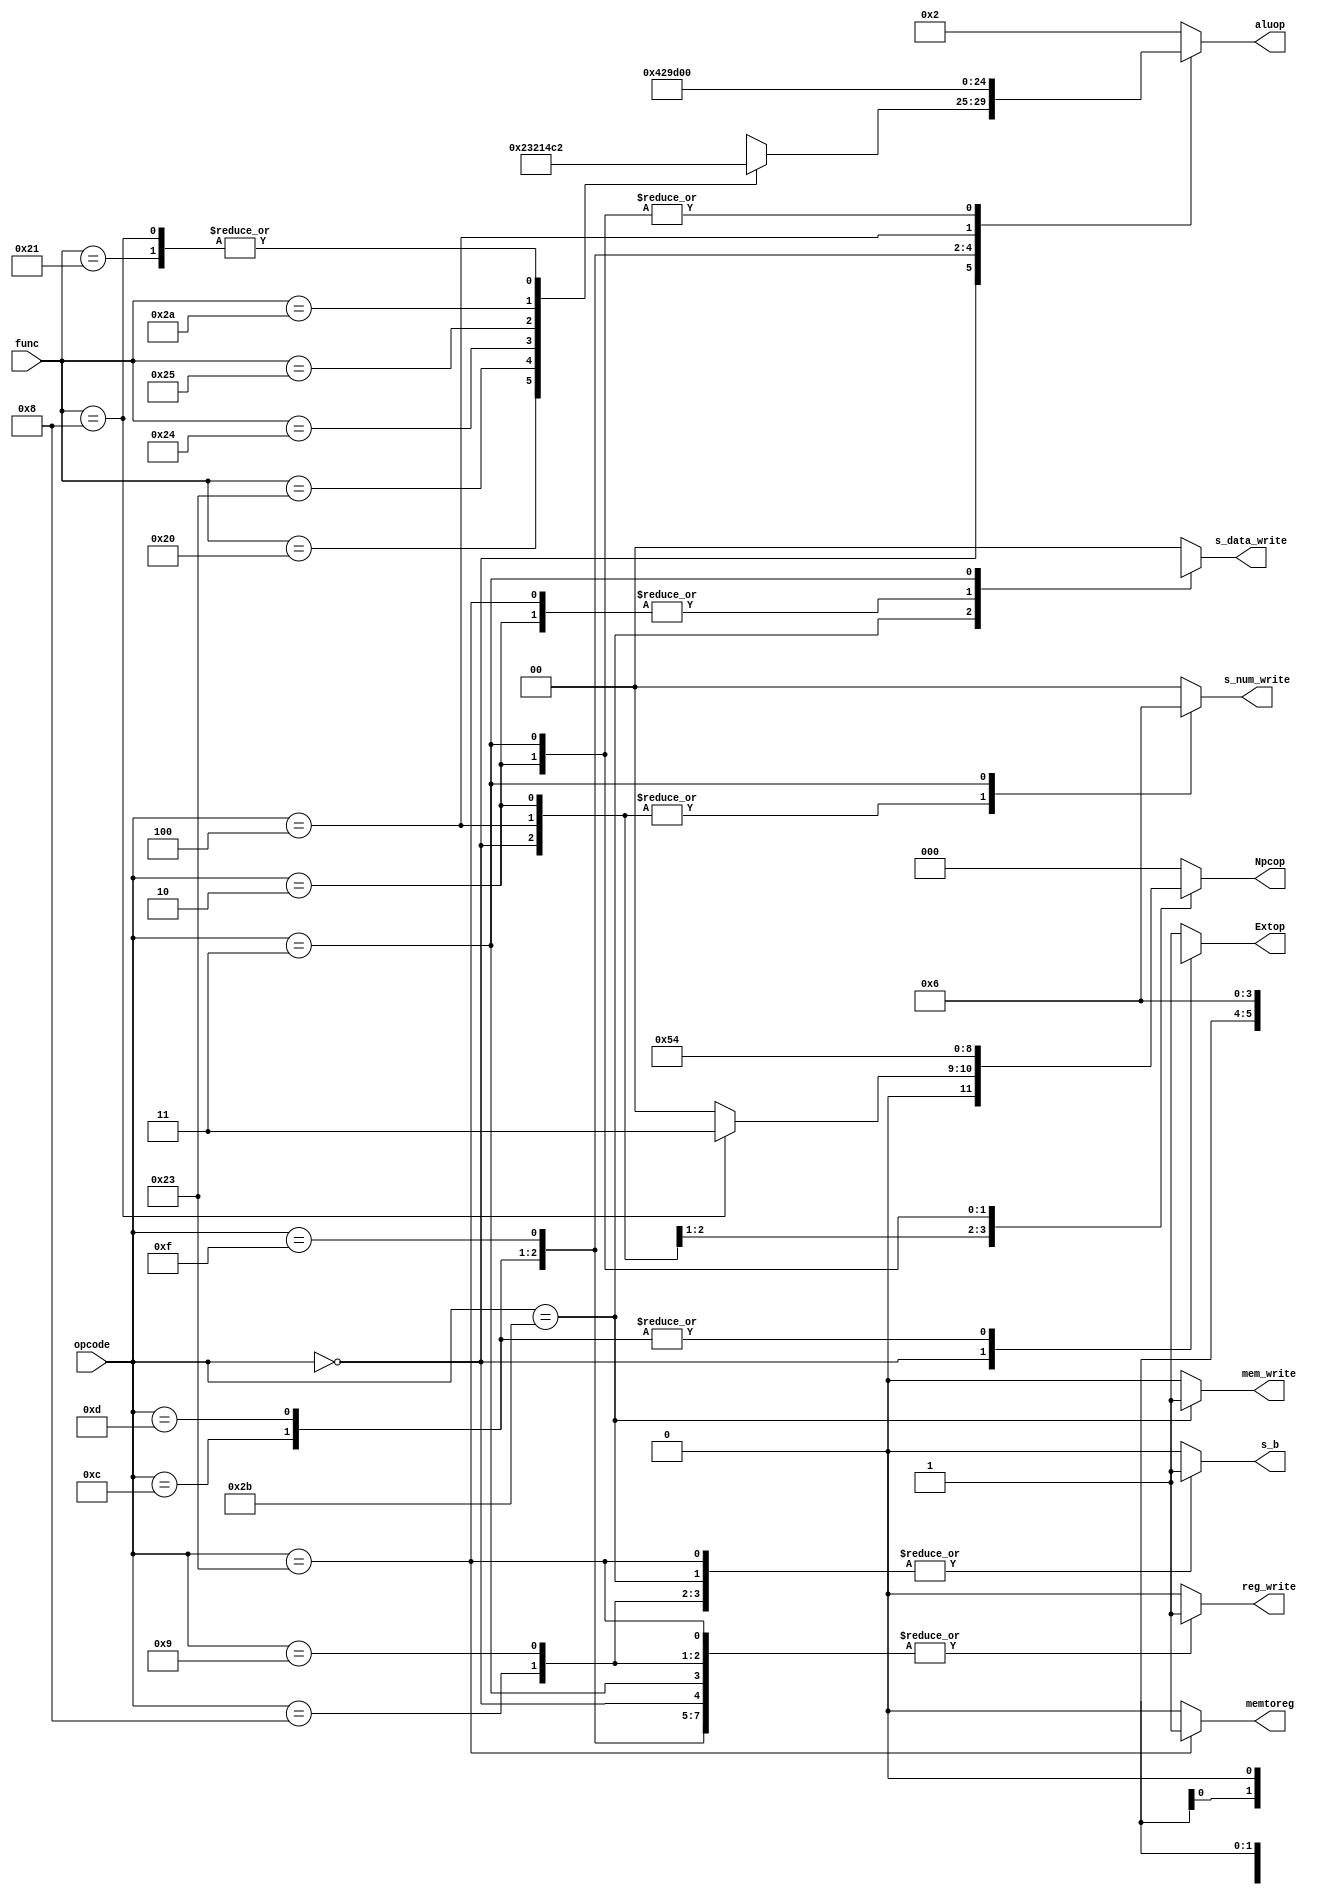
module ctrl(
    input [5:0] opcode,
    input [5:0] func,
	output reg [4:0] aluop, 
    output reg reg_write,
	output reg Extop,
	output reg s_b,
	output reg [1:0]s_num_write,
	output reg mem_write,
	output reg [1:0]s_data_write,
	output reg [2:0]Npcop,
	output reg memtoreg  
	);

	always@(*)
	begin
		case (opcode)
			6'b000000:
				begin//R
				case (func)
				 6'b100000:
				 begin
				 aluop = 5'b00001;
				 Npcop = 3'd0;
				 end
				 6'b100001:
				 begin 
				 aluop = 5'b00010;
				 Npcop = 3'd0;
				 end
				 6'b100011:
				 begin 
				 aluop = 5'b00011;
			     Npcop = 3'd0;
				 end   
				 6'b100100:
				 begin 
				 aluop = 5'b00100;
				 Npcop = 3'd0;
	    		 end
				 6'b100101:
				 begin 
				 aluop = 5'b00101;
	 		     Npcop = 3'd0;
			     end
				 6'b101010:
				 begin 
				 aluop = 5'b00110;
				 Npcop = 3'd0;
			     end
				 6'b001000:
				 begin 
				 aluop = 5'b00010;
				 Npcop = 3'd3;
				 end
				 default:
				 begin
				 aluop = 5'bxxxxx;
				 Npcop = 3'd0;
				 end
				endcase
				 reg_write = 1'b1;
				 Extop = 1'bx;
				 s_b = 1'b0;   //
				 s_num_write = 2'b01;
				 mem_write = 1'b0;
				 s_data_write = 2'b00;
				 memtoreg = 1'b0;
				end
			// I
			6'b001000:  //addi
				begin
				 aluop = 5'b00010;  //add
				 reg_write = 1'b1;
				 Extop = 1'b1;
				 s_b = 1'b1;
				 s_num_write = 2'b00;
				 mem_write = 1'b0;
				 s_data_write = 2'b00;
				 Npcop = 3'd0;
				 memtoreg = 1'b0;
				end
			6'b001001: //addiu
				begin
				 aluop = 5'b00010;  //addu
				 reg_write = 1'b1;
				 Extop = 1'b1;
				 s_b = 1'b1;   //
				 s_num_write = 2'b00;
				 mem_write = 1'b0;
				 s_data_write = 2'b0;
				 Npcop = 3'd0;
				 memtoreg = 1'b0;
				end
			6'b001100: // andi
				begin
				 aluop = 5'b00100;  //and
				 reg_write = 1'b1;
				 Extop = 1'b0;
				 s_b = 1'b1;
				 s_num_write = 2'b00;
				 mem_write = 1'b0;
				 s_data_write = 2'b00;
				 Npcop = 3'd0;
				 memtoreg = 1'b0;
				end
			6'b001101: // ori
				begin
				 aluop = 5'b00101;  //or
				 reg_write = 1'b1;
				 Extop = 1'b0;
				 s_b = 1'b1;
				 s_num_write = 2'b00;
				 mem_write = 1'b0;
				 s_data_write = 2'b00;
				 Npcop = 3'd0;
				 memtoreg = 1'b0;
				end
			6'b001111:  // lui
				begin
				 aluop = 5'b00111;  
				 reg_write = 1'b1;
				 Extop = 1'b1;
				 s_b = 1'b1;
				 s_num_write = 2'b00;
				 mem_write = 1'b0;
				 s_data_write = 2'b00;
				 Npcop = 3'd0;
				 memtoreg = 1'b0;
				end
			6'b101011:  //sw
				begin 
				 aluop = 5'b00010;  //add
				 reg_write = 1'b0;
				 Extop = 1'b1;
				 s_b = 1'b1;
				 s_num_write = 2'b00;
				 mem_write = 1'b1;
				 s_data_write = 2'bxx;
				 Npcop = 3'd0;
				 memtoreg = 1'b0;
				end
			6'b100011:  //lw
				begin
				 aluop = 5'b00010;  //add
				 reg_write = 1'b1;
				 Extop = 1'b1;
				 s_b = 1'b1;
				 s_num_write = 2'b00;
				 mem_write = 1'b0;
				 s_data_write = 2'b01;
				 Npcop = 3'd0;
				 memtoreg = 1'b1;
				end
			6'b000100:    //beq
				begin
				 aluop = 5'b01000;
				 reg_write = 1'b0;
				 Extop = 1'b1;
				 s_b = 1'b0;
				 s_num_write = 2'b01;
				 mem_write = 1'b0;
				 s_data_write = 2'b00;
				 Npcop = 3'd1;
				 memtoreg = 1'b0;
				end
			6'b000010:  //j
				begin
				 aluop = 5'b00000;
				 reg_write = 1'b0;
				 Extop = 1'b1;
				 s_b = 1'b0;
				 s_num_write = 2'b01;
				 mem_write = 1'b0;
				 s_data_write = 2'b01;
				 Npcop = 3'd2;
				 memtoreg = 1'b0;
				end
			6'b000011:  //jal
				begin
				 aluop = 5'b00000;
				 reg_write = 1'b1;
				 Extop = 1'b1;
				 s_b = 1'b0;
				 s_num_write = 2'b10;
				 mem_write = 1'b0;
				 s_data_write = 2'b10;
				 Npcop = 3'd4;
				 memtoreg = 1'b0;
				end		
			default:
			begin
			aluop = 5'b00010;
			reg_write = 1'b0;
			Extop = 1'b1;
			s_num_write = 2'b00;
			mem_write = 1'b0;
			s_b = 1'b0;
			s_data_write = 2'b00;
			Npcop = 3'd0;
			memtoreg = 1'b0;
			end
		endcase
	end
endmodule